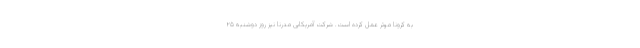
به کرونا موثر عمل کرده است. شرکت آمریکایی مدرنا نیز روز دوشنبه ۲۵